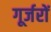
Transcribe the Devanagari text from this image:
गूर्जरों